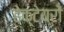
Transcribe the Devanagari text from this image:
हेक्टेयरों